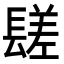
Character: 𨲠